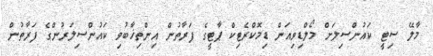
މާލޭ ސިޓީ ކައުންސިލަށް މޯލްޑިވިއަން ޑިމޮކްރެޓިކް ޕާޓީގެ ފަރާތުން އިންތިޚާބުވި ކައުންސިލަރުންގެ ފަރާތުން